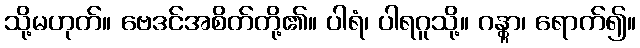
သို့မဟုတ်။ ဗေဒင်အစိတ်တို့၏။ ပါရံ၊ ပါရဂူသို့။ ဂန္တွာ၊ ရောက်၍။